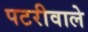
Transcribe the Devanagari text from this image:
पटरीवाले